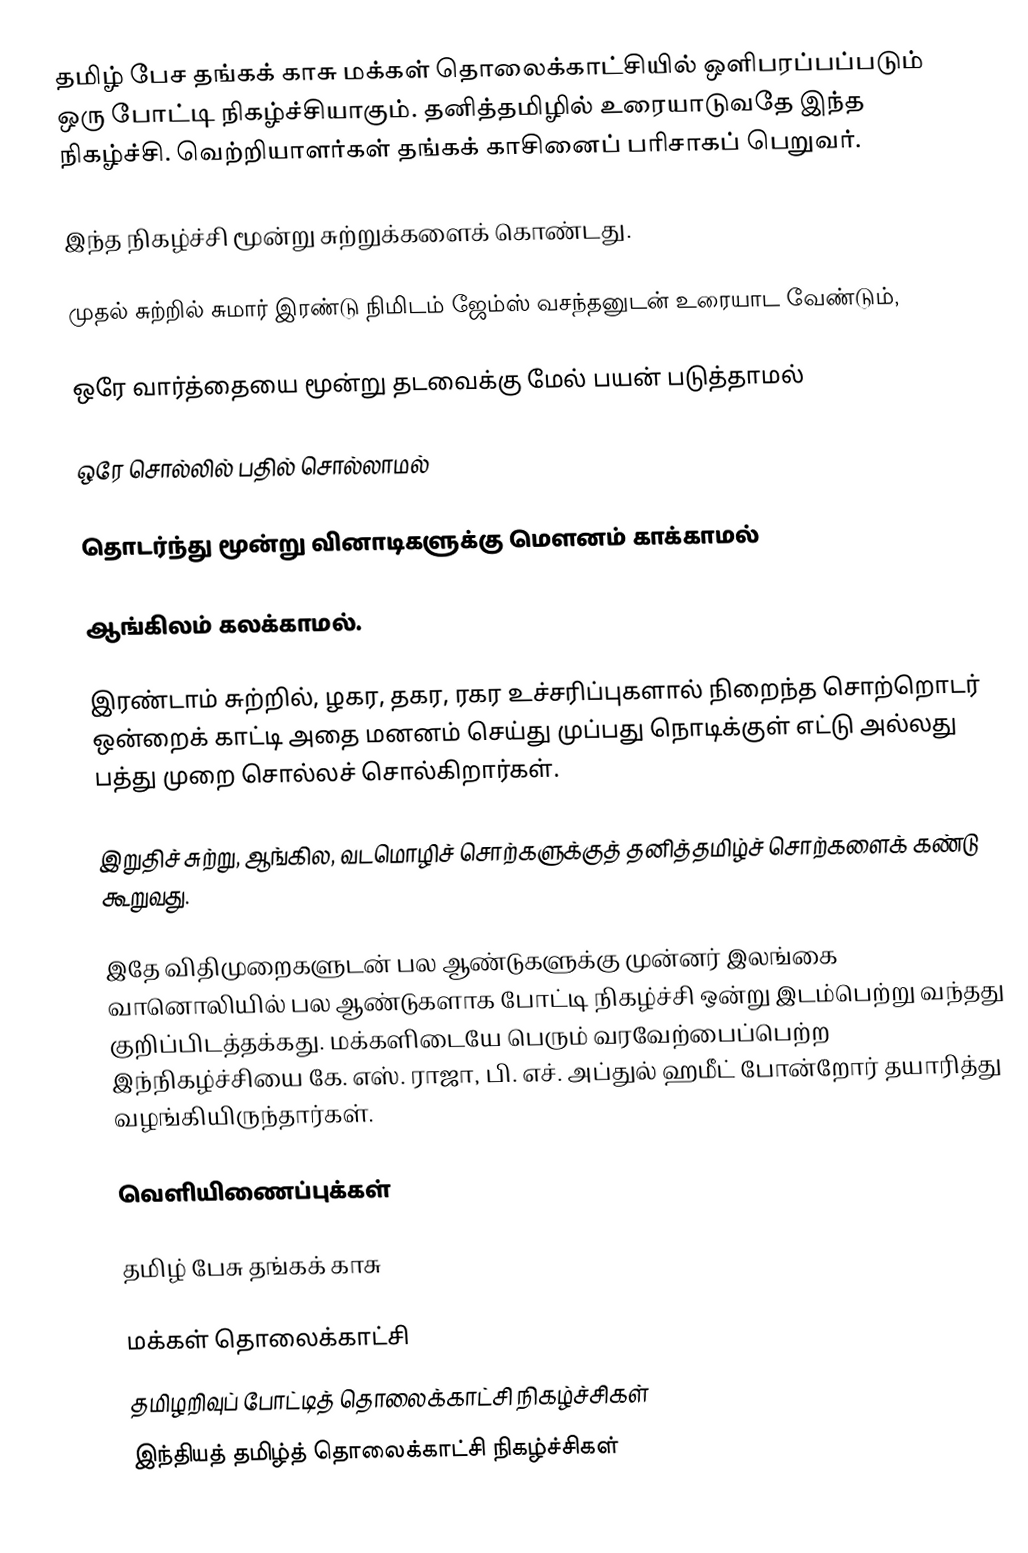
தமிழ் பேச தங்கக் காசு மக்கள் தொலைக்காட்சியில் ஒளிபரப்பப்படும் ஒரு போட்டி நிகழ்ச்சியாகும்.  தனித்தமிழில் உரையாடுவதே இந்த நிகழ்ச்சி.  வெற்றியாளர்கள் தங்கக் காசினைப் பரிசாகப் பெறுவர்.

இந்த நிகழ்ச்சி மூன்று சுற்றுக்களைக் கொண்டது.

முதல் சுற்றில் சுமார் இரண்டு நிமிடம் ஜேம்ஸ் வசந்தனுடன் உரையாட வேண்டும்,

 ஒரே வார்த்தையை மூன்று தடவைக்கு மேல் பயன் படுத்தாமல்

 ஒரே சொல்லில் பதில் சொல்லாமல்

 தொடர்ந்து மூன்று வினாடிகளுக்கு மௌனம் காக்காமல்

 ஆங்கிலம் கலக்காமல்.

இரண்டாம் சுற்றில், ழகர, தகர, ரகர உச்சரிப்புகளால் நிறைந்த சொற்றொடர் ஒன்றைக் காட்டி அதை மனனம் செய்து முப்பது நொடிக்குள் எட்டு அல்லது பத்து முறை சொல்லச் சொல்கிறார்கள்.

இறுதிச் சுற்று, ஆங்கில, வடமொழிச் சொற்களுக்குத் தனித்தமிழ்ச் சொற்களைக் கண்டு கூறுவது.

இதே விதிமுறைகளுடன் பல ஆண்டுகளுக்கு முன்னர் இலங்கை வானொலியில் பல ஆண்டுகளாக போட்டி நிகழ்ச்சி ஒன்று இடம்பெற்று வந்தது குறிப்பிடத்தக்கது. மக்களிடையே பெரும் வரவேற்பைப்பெற்ற இந்நிகழ்ச்சியை கே. எஸ். ராஜா, பி. எச். அப்துல் ஹமீட் போன்றோர் தயாரித்து வழங்கியிருந்தார்கள்.

வெளியிணைப்புக்கள்

 தமிழ் பேசு தங்கக் காசு

மக்கள் தொலைக்காட்சி
தமிழறிவுப் போட்டித் தொலைக்காட்சி நிகழ்ச்சிகள்
இந்தியத் தமிழ்த் தொலைக்காட்சி நிகழ்ச்சிகள்